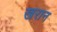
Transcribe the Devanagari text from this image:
खरान